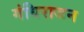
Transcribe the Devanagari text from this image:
गंधिराजन